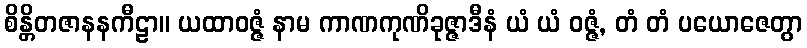
စိန္တိတဇာနနကီဠာ။ ယထာဝဇ္ဇံ နာမ ကာဏကုဏိခုဇ္ဇာဒီနံ ယံ ယံ ဝဇ္ဇံ, တံ တံ ပယောဇေတွာ